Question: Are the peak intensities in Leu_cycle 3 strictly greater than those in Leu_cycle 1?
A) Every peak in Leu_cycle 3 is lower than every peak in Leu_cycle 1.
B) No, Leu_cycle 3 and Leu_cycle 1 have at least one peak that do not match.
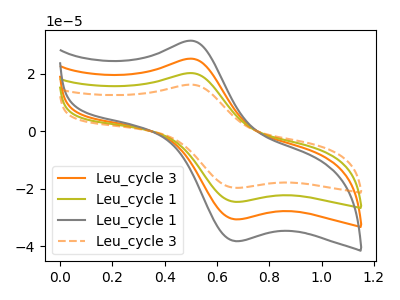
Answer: <think>The orange curve "Leu_cycle 3" has an anodic peak at (0.50V, 40.45uA) and a cathodic peak at (0.65V, -49.05uA). The olive curve "Leu_cycle 1" has an anodic peak at (0.50V, 20.20uA) and a cathodic peak at (0.65V, -24.55uA). The gray curve "Leu_cycle 1" has an anodic peak at (0.50V, 60.65uA) and a cathodic peak at (0.65V, -73.60uA). The orange dashed curve "Leu_cycle 3" has an anodic peak at (0.50V, 16.20uA) and a cathodic peak at (0.65V, -19.65uA).</think>
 <answer>A) Every peak in "Leu_cycle 3" is lower than every peak in "Leu_cycle 1".</answer>
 <eval>A</eval>